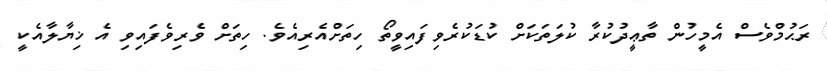
ރަޙުމްވެސް އެމީހުން ތާޢީދުކުރާ ކުލަތަކަށް ކުޑަކުރެވިފައިވީތޯ ހިތަށްއެރިއެވެ. ހިތަށް ވެރިވެފައިވި އެ ޚިޔާލާއެކީ